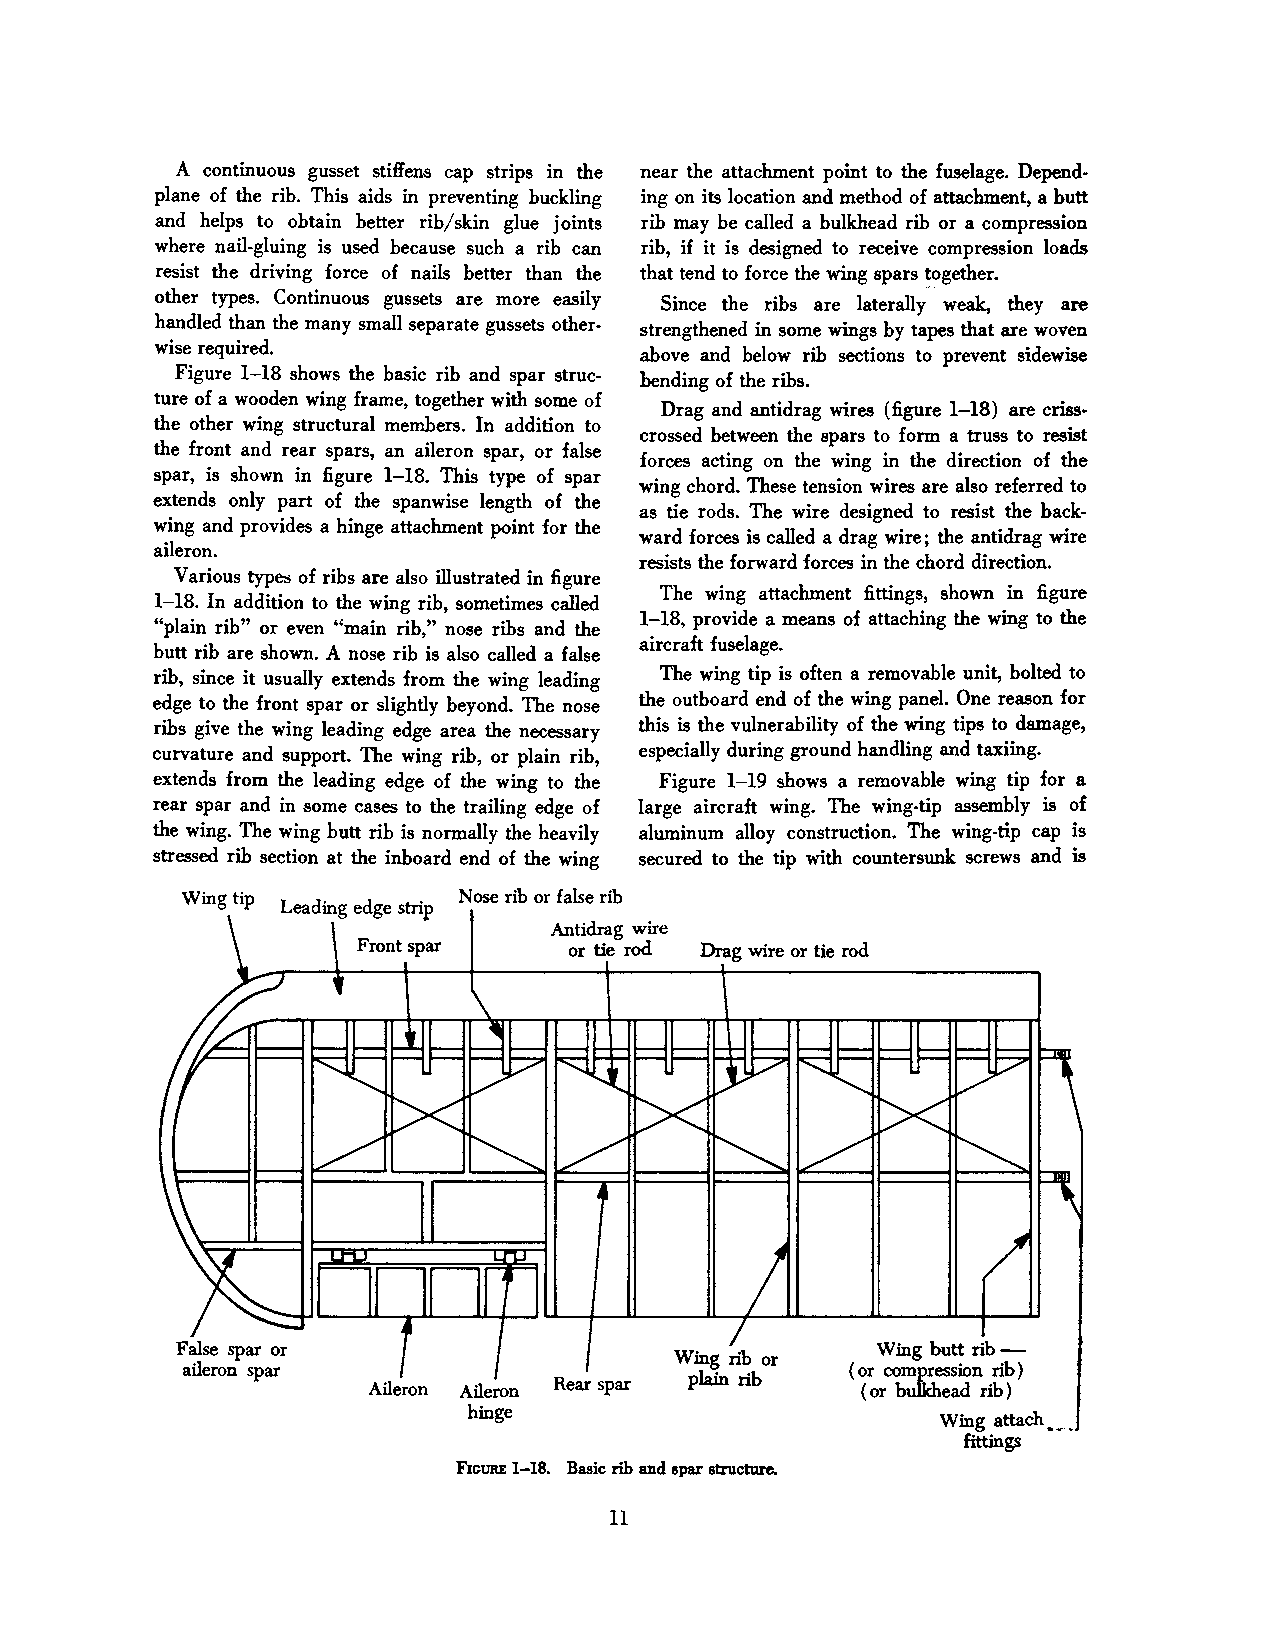
A continuous gusset stiffens cap strips in the near the attachment point to the fuselage. Depend
 plane of the rib. This aids in preventing buckling ing on its location and method of attachment, a butt
 and helps to obtain better rib/skin glue joints rib may be called a bulkhead rib or a compression
 where nail-gluing is used because such a rib can rib, if it is designed to receive compression loads
 resist the driving force of nails better than the that tend to force the wing spars ~ogether.
 other types. Continuous gussets are more easily
 Since the ribs are laterally weak, they are
 handled than the many small separate gussets other
 strengthened in some wings by tapes that are woven
 wise required.
 above and below rib sections to prevent sidewise
 Figure 1-18 shows the basic rib and spar struc
 bending of the ribs.
 ture of a wooden wing frame, together with some of
 Drag and antidrag wires (figure 1-18) are criss
 the other wing structural members. In addition to
 crossed between the spars to form a truss to resist
 the front and rear spars, an aileron spar, or false
 forces acting on the wing in the direction of the
 spar, is shown in figure 1-18. This type of spar
 wing chord. These tension wires are also referred to
 extends only part of the spanwise length of the
 as tie rods. The wire designed to resist the back
 wing and provides a hinge attachment point for the
 ward forces is called a drag wire; the antidrag wire
 aileron.
 resists the forward forces in the chord direction.
 Various typ~ of ribs are also illustrated in figure
 The wing attachment fittings, shown in figure
 1-18. In addition to the wing rib, sometimes called
 1-18, provide a means of attaching the wing to the
 "plain rib" or even "main rib," nose ribs and the
 aircraft fuselage.
 butt rib are shown. A nose rib is also called a false
 rib, since it usually extends from the wing leading The wing tip is often a removable unit, bolted to
 edge to the front spar or slightly beyond. The nose the outboard end of the wing panel. One reason for
 ribs give the wing leading edge area the necessary this is the vulnerability of the wing tips to damage,
 curvature and support. The wing rib, or plain rib, especially during ground handling and taxiing.
 extends from the leading edge of the wing to the Figure 1-19 shows a removable wing tip for a
 rear spar and in some cases to the trailing edge of large aircraft wing. The wing-tip assembly is of
 the wing. The wing butt rib is normally the heavily aluminum alloy construction. The wing-tip cap is
 stressed rib section at the inboard end of the wing secured to the tip with countersunk screws and is
 Wing tip          Nose rib or false rib
 Leading edge strip
 Antidrag wire
 or tie rod
 Wing butt rib -
 (or compression rib)
 Atl~n Atleron Rearspar           (or bulkhead rib)
 hinge
 Wing attach·-.
 fittings
 FiGURE 1-18. Basic rib and spar structure.
 11